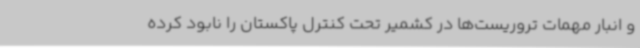
و انبار مهمات تروریست‌ها در کشمیر تحت کنترل پاکستان را نابود کرده